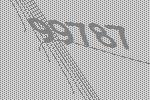
99787